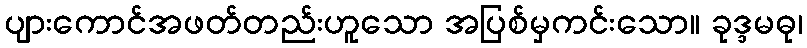
ပျားကောင်အဖတ်တည်းဟူသော အပြစ်မှကင်းသော။ ခုဒ္ဒမဓု၊